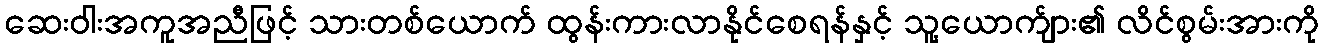
ဆေးဝါးအကူအညီဖြင့် သားတစ်ယောက် ထွန်းကားလာနိုင်စေရန်နှင့် သူ့ယောက်ျား၏ လိင်စွမ်းအားကို